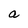
Character: a